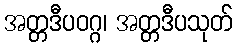
အတ္တဒီပဝဂ္ဂ၊ အတ္တဒီပသုတ်